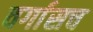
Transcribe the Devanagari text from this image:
वर्गासच